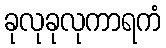
ခုလုခုလုကာရကံ